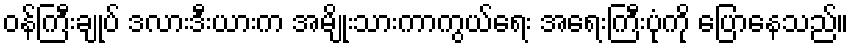
ဝန်ကြီးချုပ် ဒလားဒီးယားက အမျိုးသားကာကွယ်ရေး အရေးကြီးပုံကို ပြောနေသည်။